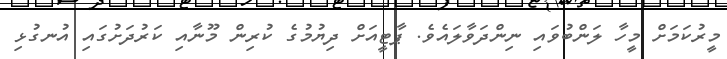
މީރުކަމަށް މީހާ ލަންބުވައި ނިންދަވާލައެވެ. ޕާޓީއަށް ދިޔުމުގެ ކުރިން މޫނާއި ކަރުދަށުގައި އުނގުޅި